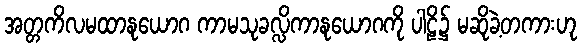
အတ္တကိလမထာနုယောဂ ကာမသုခလ္လိကာနုယောဂကို ပါဠိ၌ မဆိုခဲ့တကားဟု